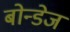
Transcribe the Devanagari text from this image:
बोन्डेज